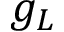
g _ { L }